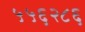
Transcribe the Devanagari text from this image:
५५६२८६